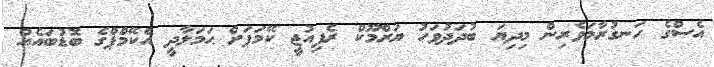
އެސްގެ ހަނގުރާމަވެރިން މިދިޔަ ބުދަދުވަހު ޔަރްމޫކް ރެފިއުޖީ ކޭމަޕަށް ޙަމަލާދީ އެކޭމްޕްގެ ބޮޑުބައެއް